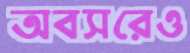
অবসরেও